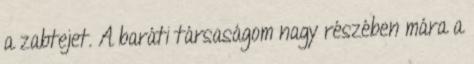
a zabtejet. A baráti társaságom nagy részében mára a